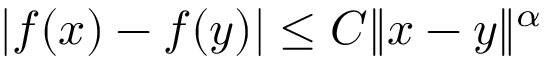
| f ( x ) - f ( y ) | \leq C \| x - y \| ^ { \alpha }